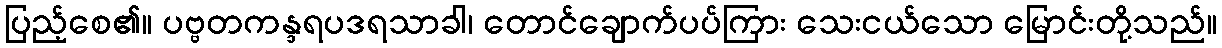
ပြည့်စေ၏။ ပဗ္ဗတကန္ဒရပဒရသာခါ၊ တောင်ချောက်ပပ်ကြား သေးငယ်သော မြောင်းတို့သည်။